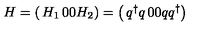
H = \left( \begin{matrix} { H _ { 1 } } & { 0 } \\ { 0 } & { H _ { 2 } } \\ \end{matrix} \right) = \left( \begin{matrix} { q ^ { \dagger } q } & { 0 } \\ { 0 } & { q q ^ { \dagger } } \\ \end{matrix} \right)